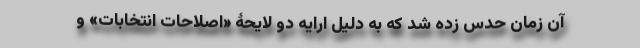
آن زمان حدس زده شد که به دلیل ارایه دو لایحۀ «اصلاحات انتخابات» و